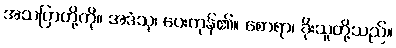
အသပြာတို့ကို။ အဒံသု၊ ပေးကုန်၏။ စောရာ၊ ခိုးသူတို့သည်။